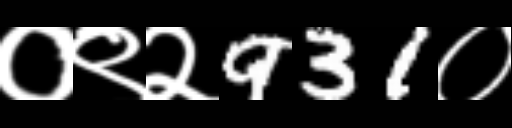
Text: ०९२931०